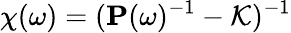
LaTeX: \mathbf{\chi}(\omega)=(\mathbf{P}(\omega)^{-1}-\mathcal{K})^{-1}